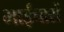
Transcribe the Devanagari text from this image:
भाईचारों